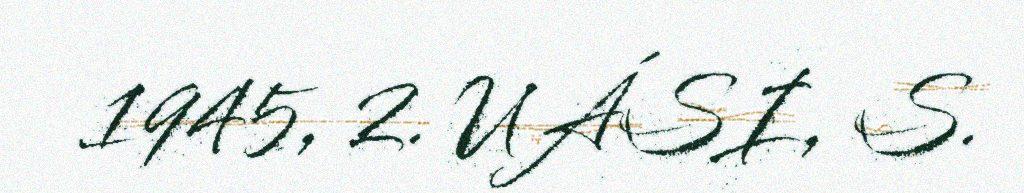
1945, 2. UÁSI, S.